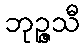
ဘုဉ္ဇသီ